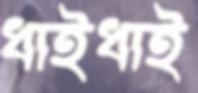
ধাইধাই